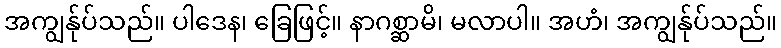
အကျွန်ုပ်သည်။ ပါဒေန၊ ခြေဖြင့်။ နာဂစ္ဆာမိ၊ မလာပါ။ အဟံ၊ အကျွန်ုပ်သည်။